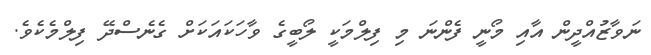
ނަވާޒުއްދީން އާއި މޯނީ ފެންނަ މި ފިލްމަކީ ލޯބީގެ ވާހަކައަކަށް ގެނެސްދޭ ފިލްމެކެވެ.